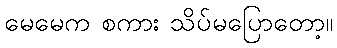
မေမေက စကား သိပ်မပြောတော့။